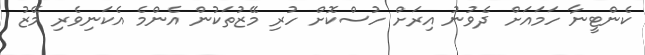
ކެންޓީނާ ހަމައަށް ދެވުނު އިރަށް ހުސްކޮށް ހުރި މޭޒުތަކުން އެންމެ އެކަނިވެރި މޭޒު